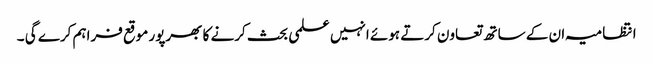
انتظامیہ ان کے ساتھ تعاون کرتے ہوئے انہیں علمی بحث کرنے کا بھرپور موقع فراہم کرے گی ۔